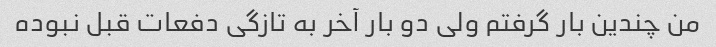
من چندین بار گرفتم ولی دو بار آخر به تازگی دفعات قبل نبوده